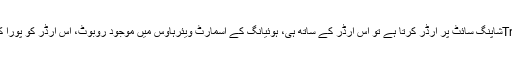
جب کوئی خریدار علی بابا کی Tmallشاپنگ سائٹ پر آرڈر کرتا ہے تو اس آرڈر کے ساتھ ہی، ہوئیانگ کے اسمارٹ ویئرہاؤس میں موجود روبوٹ، اس آرڈر کو پورا کرنے کے لیے حرکت میں آجاتا ہے۔